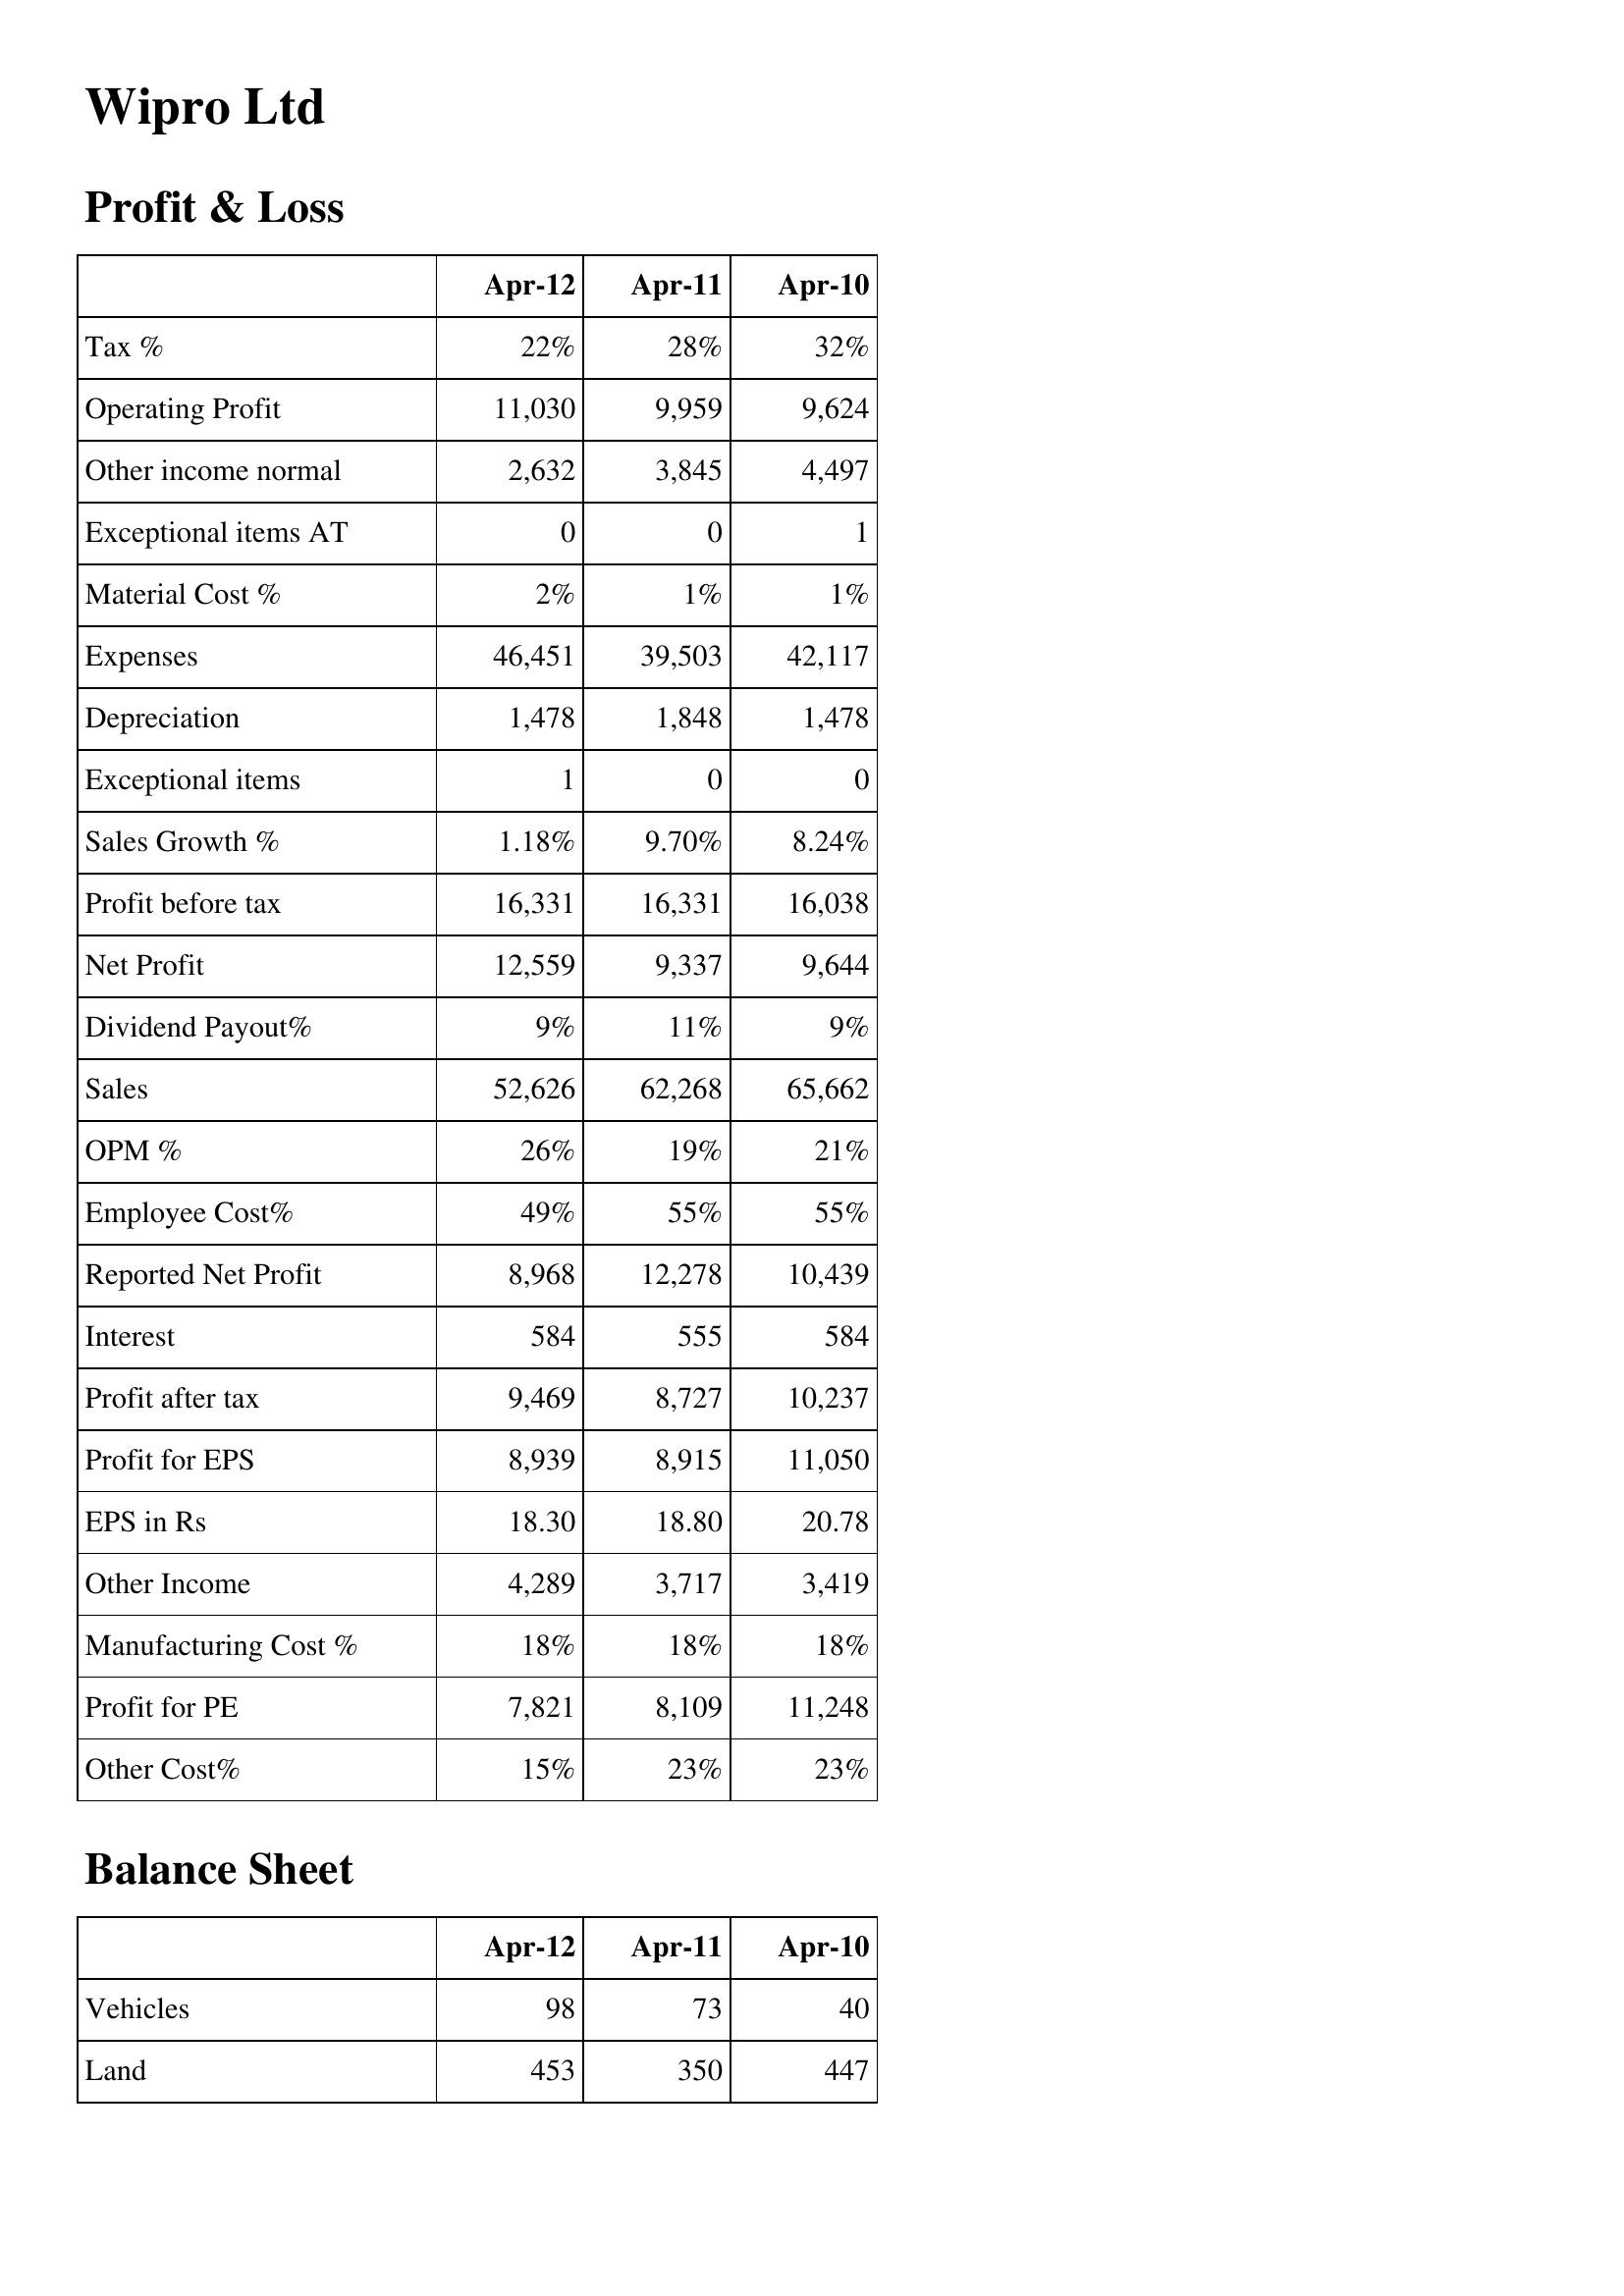
Apr-12: Profit & Loss: Tax %: 22%
Operating Profit: 11,030
Other income normal: 2,632
Exceptional items AT: 0
Material Cost %: 2%
Expenses: 46,451
Depreciation: 1,478
Exceptional items: 1
Sales Growth %: 1.18%
Profit before tax: 16,331
Net Profit: 12,559
Dividend Payout%: 9%
Sales: 52,626
OPM %: 26%
Employee Cost%: 49%
Reported Net Profit: 8,968
Interest: 584
Profit after tax: 9,469
Profit for EPS: 8,939
EPS in Rs: 18.30
Other Income: 4,289
Manufacturing Cost %: 18%
Profit for PE: 7,821
Other Cost%: 15%
Balance Sheet: Vehicles: 98
Land: 453
Apr-11: Profit & Loss: Tax %: 28%
Operating Profit: 9,959
Other income normal: 3,845
Exceptional items AT: 0
Material Cost %: 1%
Expenses: 39,503
Depreciation: 1,848
Exceptional items: 0
Sales Growth %: 9.70%
Profit before tax: 16,331
Net Profit: 9,337
Dividend Payout%: 11%
Sales: 62,268
OPM %: 19%
Employee Cost%: 55%
Reported Net Profit: 12,278
Interest: 555
Profit after tax: 8,727
Profit for EPS: 8,915
EPS in Rs: 18.80
Other Income: 3,717
Manufacturing Cost %: 18%
Profit for PE: 8,109
Other Cost%: 23%
Balance Sheet: Vehicles: 73
Land: 350
Apr-10: Profit & Loss: Tax %: 32%
Operating Profit: 9,624
Other income normal: 4,497
Exceptional items AT: 1
Material Cost %: 1%
Expenses: 42,117
Depreciation: 1,478
Exceptional items: 0
Sales Growth %: 8.24%
Profit before tax: 16,038
Net Profit: 9,644
Dividend Payout%: 9%
Sales: 65,662
OPM %: 21%
Employee Cost%: 55%
Reported Net Profit: 10,439
Interest: 584
Profit after tax: 10,237
Profit for EPS: 11,050
EPS in Rs: 20.78
Other Income: 3,419
Manufacturing Cost %: 18%
Profit for PE: 11,248
Other Cost%: 23%
Balance Sheet: Vehicles: 40
Land: 447